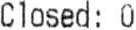
CLOSED: 0